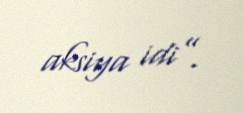
aksiya idi”.